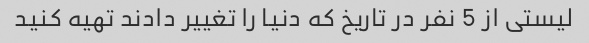
لیستی از 5 نفر در تاریخ که دنیا را تغییر دادند تهیه کنید